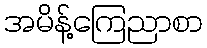
အမိန့်ကြေညာစာ